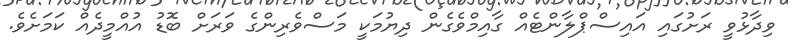
ވިދާޅުވީ ރަށުގައި އައިސްޕްލާންޓެއް ގާއިމްވެގެން ދިޔުމަކީ މަސްވެރިންގެ ވަރަށް ބޮޑު އުއްމީދެއް ކަމަށެވެ.